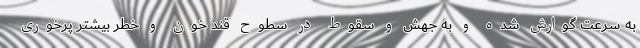
به سرعت گوارش شده و به جهش و سقوط در سطوح قند خون و خطر بیشتر پرخوری